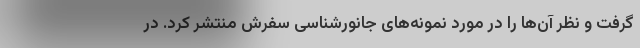
گرفت و نظر آن‌ها را در مورد نمونه‌های جانورشناسی سفرش منتشر کرد. در